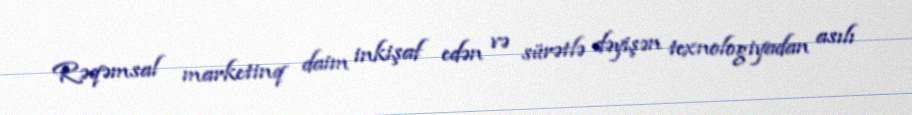
Rəqəmsal marketinq daim inkişaf edən və sürətlə dəyişən texnologiyadan asılı